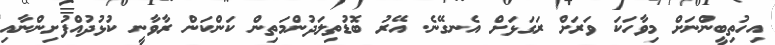
އިހުތިބީންނަށް މިވާހަކަ ވަރަށް ރަގަޅަށް އެނގޭނެ. އޭރު ބޮޑުތިލަދުންމަތިން ކަންކަން ރާވާނީ ކުޅުދުއްފުށިންނާއި